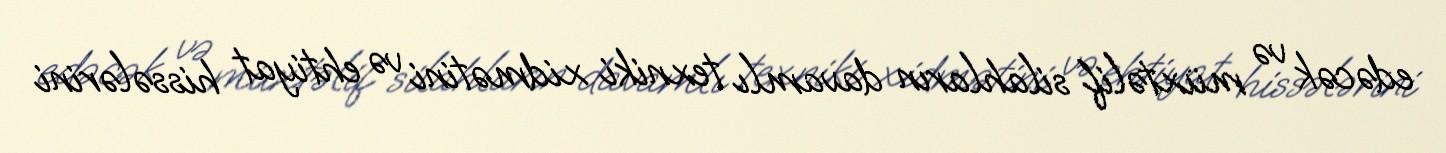
edəcək və müxtəlif silahların davamlı texniki xidmətini və ehtiyat hissələrini